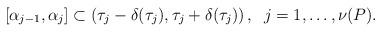
LaTeX: \begin{align*}[\alpha_{j-1},\alpha_j] \subset \left(\tau_j-\delta(\tau_j), \tau_j+\delta(\tau_j)\right), \; \; j=1, \ldots ,\nu(P).\end{align*}